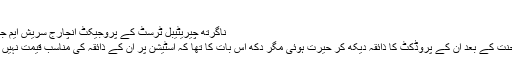
"
ناگرتھ چیريٹیبل ٹرسٹ کے پروجیکٹ انچارج سریش ایم جی کا کہنا ہے،
"خواتین کی محنت کے بعد ان کے پروڈکٹ کا ذائقہ دیکھ کر حیرت ہوئی مگر دکھ اس بات کا تھا کہ اسٹیشن پر ان کے ذائقہ کی مناسب قیمت نہیں مل پا رہا تھی۔